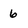
Character: 6